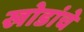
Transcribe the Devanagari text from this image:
खोडांचे